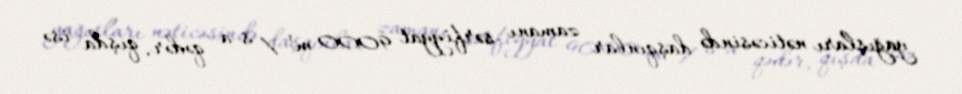
yağışları nəticəsində daşqınlar zamanı sərfiyyat 9000 m³ / s-a qədər, qışda isə